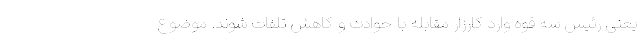
یعنی رئیس سه قوه وارد کارزار مقابله با حوادث و کاهش تلفات شوند. موضوع